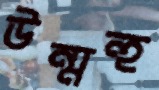
উন্মন্হ